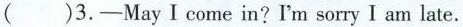
( )3.-May I come in?I'm sorry I am late.